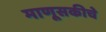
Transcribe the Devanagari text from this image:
माणूसकीचे